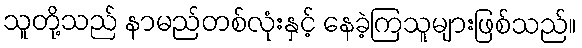
သူတို့သည် နာမည်တစ်လုံးနှင့် နေခဲ့ကြသူများဖြစ်သည်။